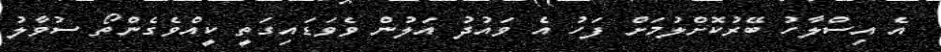
އެ އިސްލާހު ބޭރުކޮށްލުމަށް ފަހު އެ ވައުދު އަލުން ވެވަޑައިގަތީ ކީއްވެގެންތޯ ސުވާލު